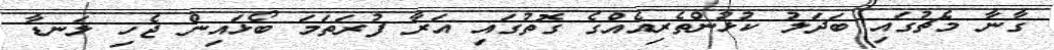
ގާނާ މެޗުގައި ބަދަލު ކުޅުންތެރިއެއްގެ ގޮތުގައި އަރާ ފުރަތަމަ ބޯޅައިން ޖެހި ލަނޑާ